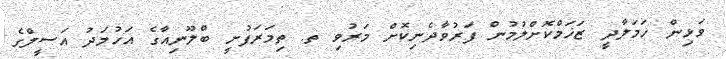
ވަޅިން ހަމަލާދީ ޒަޚަމްކޮށްލުމުން ފަރުވާދެނިކޮށް މަރުވި ތ. ތިމަރަފުށީ ބްލޫނިއާގެ އަހުމަދު އަސީލްގެ